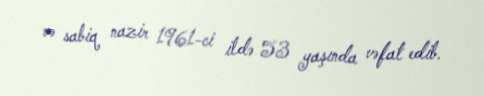
və sabiq nazir 1961-ci ildə 53 yaşında vəfat edib.